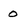
Character: 0